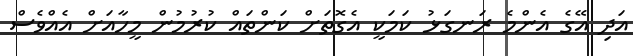
އަދި އޭގެ އެންމެ ރަނގަޅު ކަމަކީ އެގޮތަށް ކަންތައް ކުރުމުން މީހާއަށް އެއްވެސް